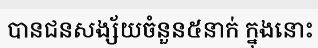
បានជនសង្ស័យចំនួន៥នាក់ ក្នុងនោះ